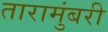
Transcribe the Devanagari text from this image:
तारामुंबरी